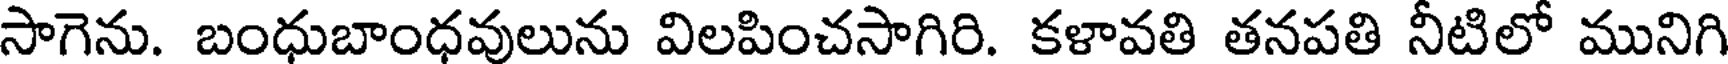
సాగెను. బంధుబాంధవులును విలపించసాగిరి. కళావతి తనపతి నీటిలో మునిగి